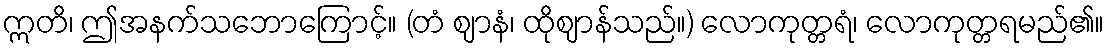
ဣတိ၊ ဤအနက်သဘောကြောင့်။ (တံ ဈာနံ၊ ထိုဈာန်သည်။) လောကုတ္တရံ၊ လောကုတ္တရမည်၏။